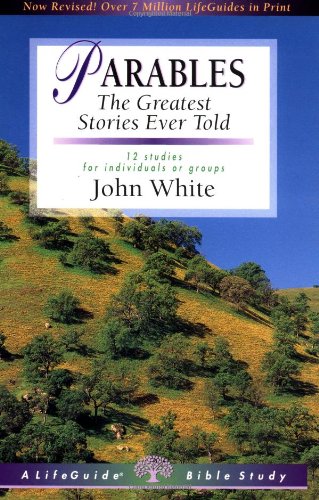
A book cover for Parables: The Greatest Stories Ever Told (Lifeguide Bible Studies); John White; Christian Books & Bibles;